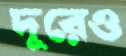
দূরেও